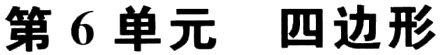
第 6 单元  四边形